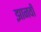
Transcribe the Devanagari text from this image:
झानवी